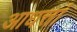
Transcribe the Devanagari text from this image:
आधत्तां